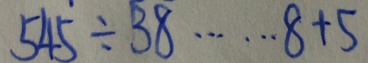
5 4 \dot { 5 } \div 3 8 \cdots 8 + 5